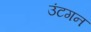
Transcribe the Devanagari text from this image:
उंटगन